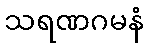
သရဏဂမနံ